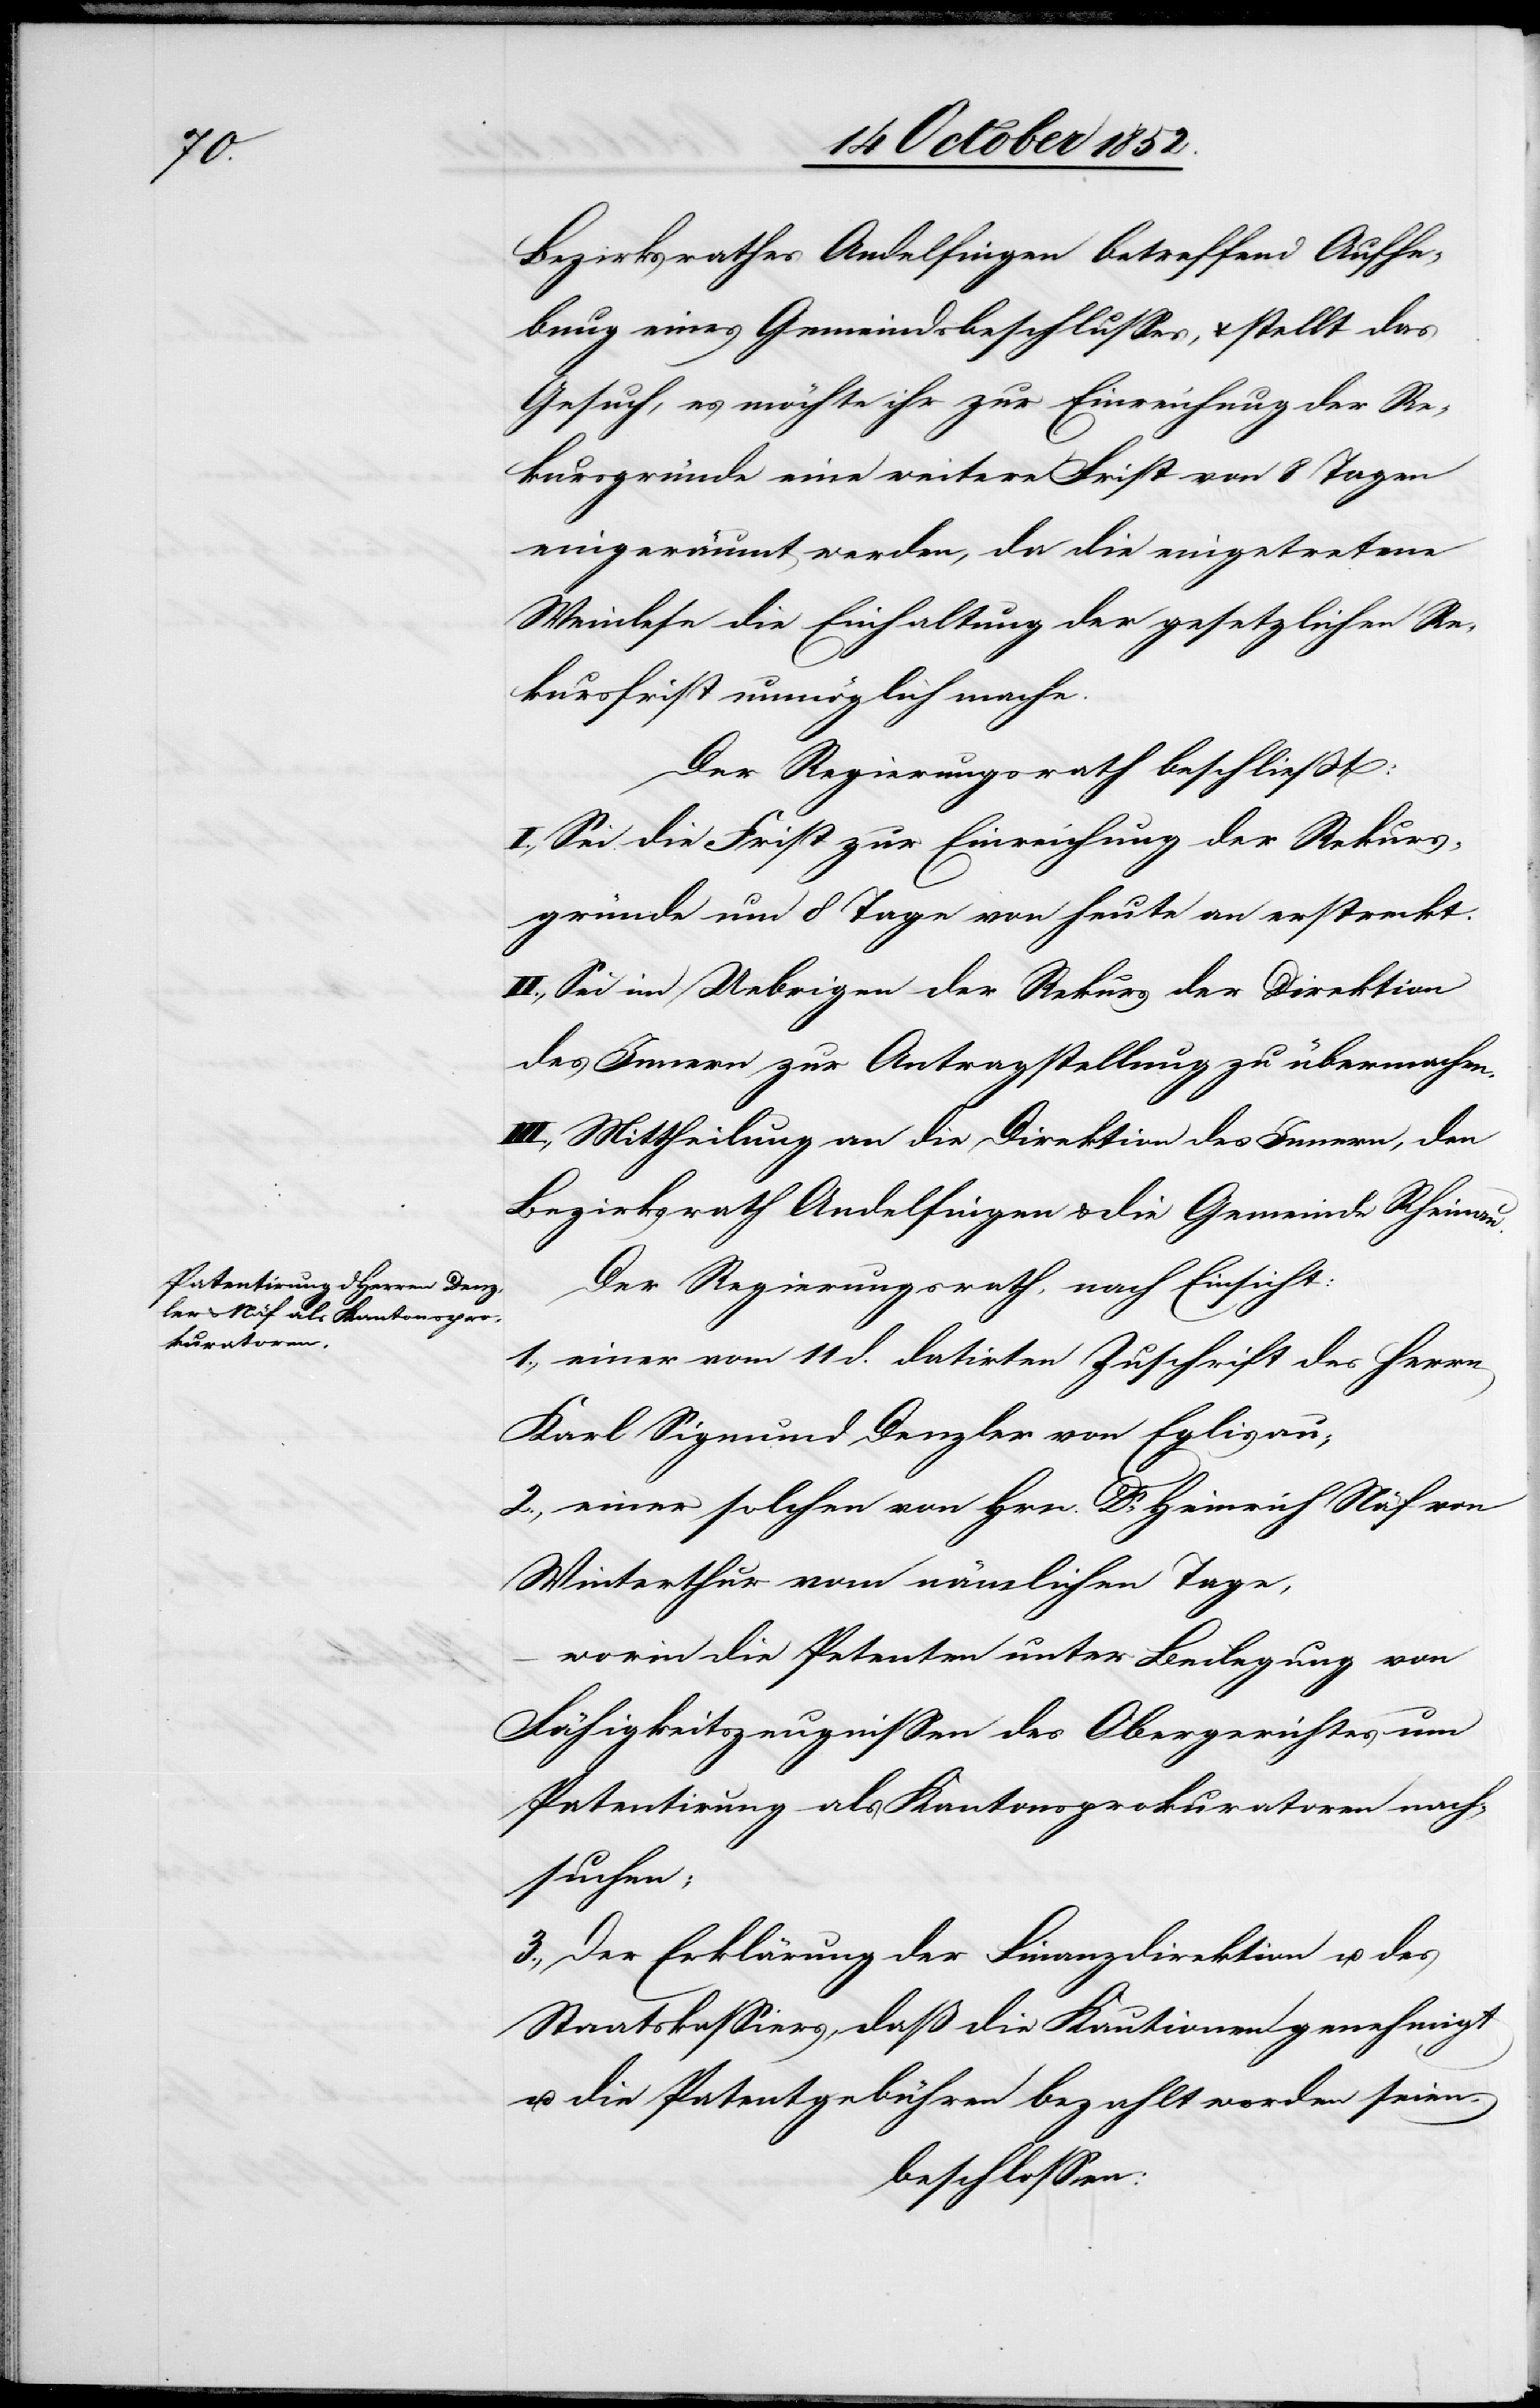
Bezirksrathes Andelfingen betreffend Aufhe¬
bung eines Gemeindsbeschlusses, & stellt das
Gesuch, es möchte ihr zur Einreichung der Re¬
kursgründe eine weitere Frist von 8 Tagen
eingeräumt werden, da die eingetretene
Weinlese die Einhaltung der gesetzlichen Re¬
kursfrist unmöglich mache.
Der Regierungsrath beschließt:
I., Sei die Frist zur Einreichung der Rekurs¬
gründe um 8 Tage von heute an erstreckt.
II., Sei im Uebrigen der Rekurs der Direktion
des Innern zur Antragstellung zu übermachen.
III., Mittheilung an die Direktion des Innern, den
Bezirksrath Andelfingen & die Gemeinde Rheinau.
Der Regierungsrath [hat], nach Einsicht:
1., einer vom 11 d. datirten Zuschrift des Herrn
Karl Sigmund Denzler von Eglisau;
2., einer solchen von Hrn. Dr. Heinrich Näf von
Winterthur vom nämlichen Tage,
worin die Petenten unter Beilegung von
Fähigkeitszeugnissen des Obergerichtes um
Patentirung als Kantonsprokuratoren nach¬
suchen;
3., Der Erklärung der Finanzdirektion u. des
Staatskassiers, daß die Kautionen genehmigt
u. die Patentgebühren bezahlt worden seien,
beschlossen: